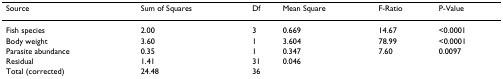
<table><thead><tr><td><b>Source</b></td><td><b>Sum of Squares</b></td><td><b>Df</b></td><td><b>Mean Square</b></td><td><b>F-Ratio</b></td><td><b>P-Value</b></td></tr></thead><tbody><tr><td>Fish species</td><td>2.00</td><td>3</td><td>0.669</td><td>14.67</td><td>&lt;0.0001</td></tr><tr><td>Body weight</td><td>3.60</td><td>1</td><td>3.604</td><td>78.99</td><td>&lt;0.0001</td></tr><tr><td>Parasite abundance</td><td>0.35</td><td>1</td><td>0.347</td><td>7.60</td><td>0.0097</td></tr><tr><td>Residual</td><td>1.41</td><td>31</td><td>0.046</td><td></td><td></td></tr><tr><td>Total (corrected)</td><td>24.48</td><td>36</td><td></td><td></td><td></td></tr></tbody></table>